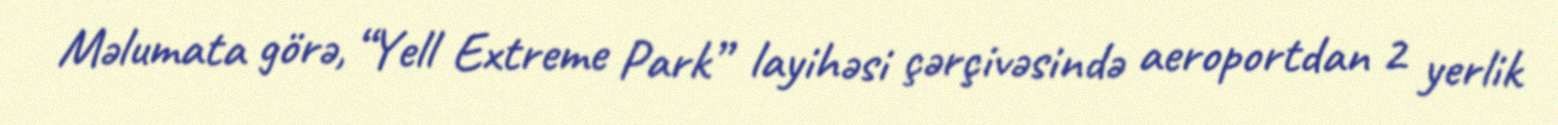
Məlumata görə, “Yell Extreme Park” layihəsi çərçivəsində aeroportdan 2 yerlik